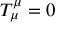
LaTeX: T _ { \mu } ^ { \mu } = 0